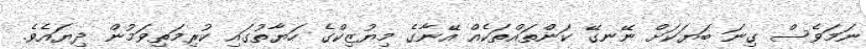
ނަމަވެސް ގިނަ ބަޔަކަށް ނޭނގޭ ކަންތައްތަކެއް އޭނާގެ މިޔުޒިކްގެ ހަޔާތުގައި ކުރިމަތިވަމުން ދިޔައެވެ.